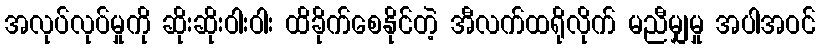
အလုပ်လုပ်မှုကို ဆိုးဆိုးဝါးဝါး ထိခိုက်စေနိုင်တဲ့ အီလက်ထရိုလိုက် မညီမျှမှု အပါအဝင်